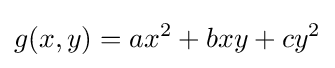
g(x,y)=ax^{2}+bxy+cy^{2}